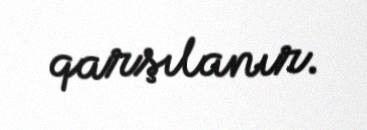
qarşılanır.